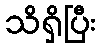
သိရှိပြီး